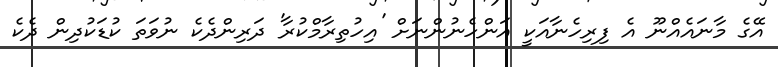
އޭގެ މާނައެއްނޫ އެ ފިރިހެނާއަކީ އަންހެނުންނަށް 'އިހުތިރާމްކުރާ' ދަރިންދެކެ ނުވަތަ ކުޑަކުދިން ދެކެ